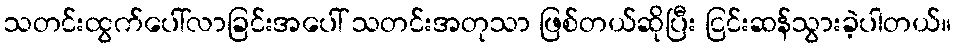
သတင်းထွက်ပေါ်လာခြင်းအပေါ် သတင်းအတုသာ ဖြစ်တယ်ဆိုပြီး ငြင်းဆန်သွားခဲ့ပါတယ်။